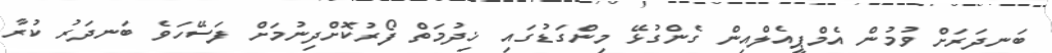
ބަނދަރަށް ވުމުން އެމްޕީއެލްއިން ގެންގުޅޭ މިންގަޑުގައި ޚިދުމަތް ފޯރުކޮށްދިނުމަށް ފަސޭހަވެ ބަނދަރު ކުރާ